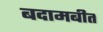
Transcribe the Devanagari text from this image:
बदामबीत